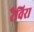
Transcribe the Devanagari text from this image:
रैविरा